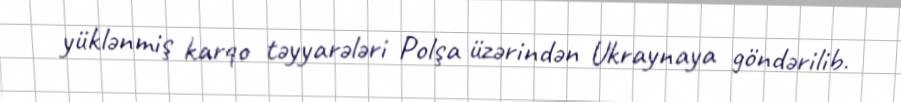
yüklənmiş karqo təyyarələri Polşa üzərindən Ukraynaya göndərilib.